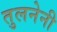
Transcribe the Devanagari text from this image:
तुलनेनी